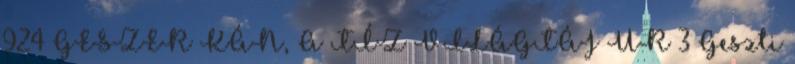
924 GESZER KÁN, A TÍZ VILÁGTÁJ UR 3 Geszti